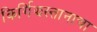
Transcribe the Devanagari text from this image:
किर्गिझस्तानाचा